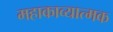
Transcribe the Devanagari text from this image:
महाकाव्‍यात्‍मक